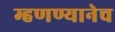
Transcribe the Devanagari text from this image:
म्हणण्यानेच